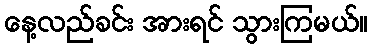
နေ့လည်ခင်း အားရင် သွားကြမယ်။